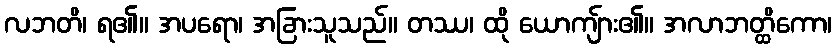
လဘတိ၊ ရ၏။ အပရော၊ အခြားသူသည်။ တဿ၊ ထို ယောကျ်ား၏။ အလာဘတ္ထိကော၊